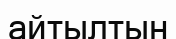
айтылтын